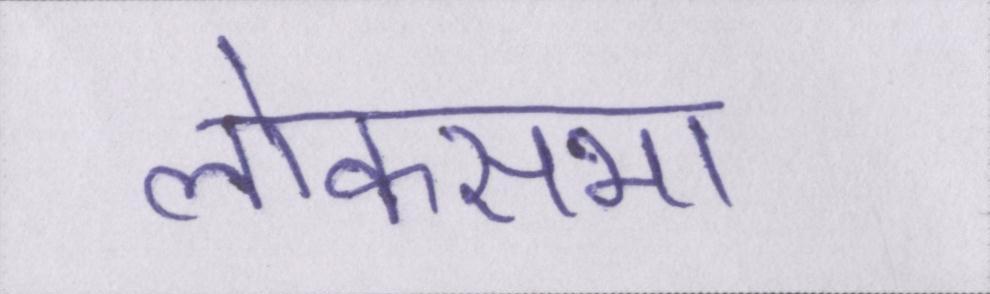
लोकसभा